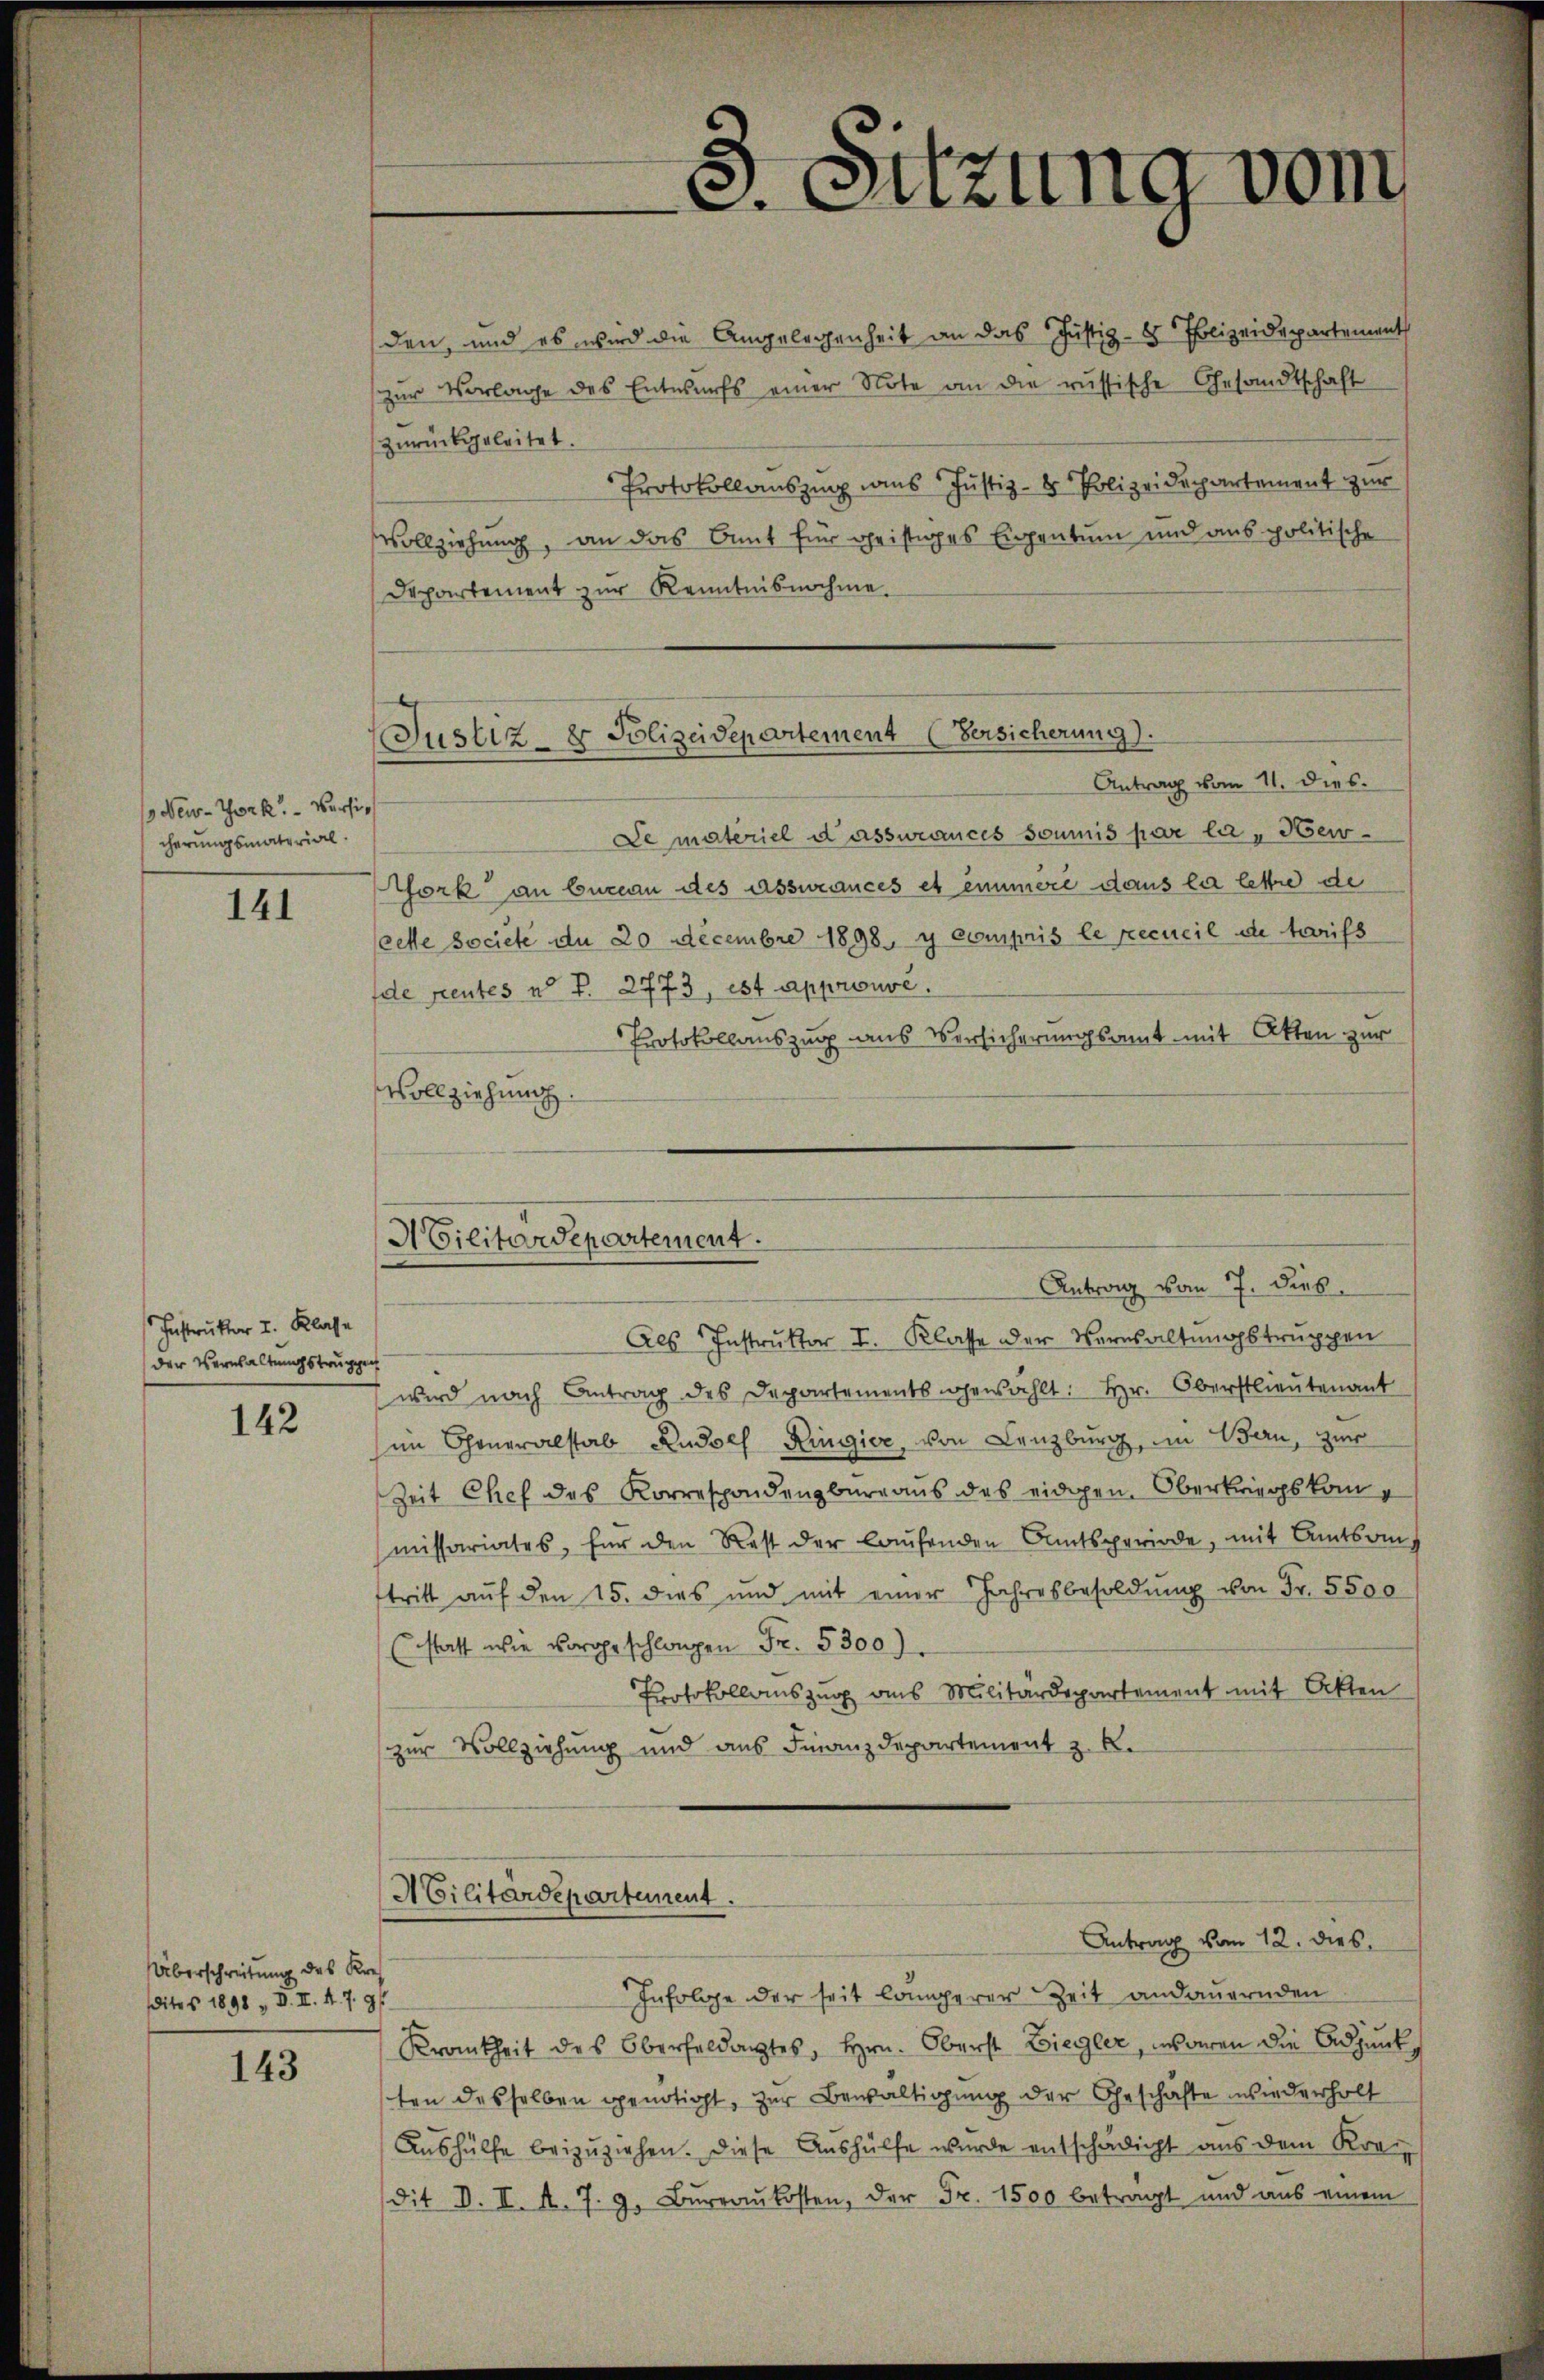
/ New-York - Versic
cherungsmaterial

141

Instruktor I. Klasse
der Verwaltungstruppen

142

Überschreitung des Kres
dites 1898 „ D. II. 4. 7. 91

143

Justiz- & Polizeidepartement (Versicherung).
 Antrag vom 11. dies

den, und es wird die Angelegenheit an das Justiz- & Polizeidepartement
zŭr Vorlage des Entwurfs einer Note an die russische Gesandtschaft
zurückgeleitet.
Protokollauszung des Justiz- & Polizeidepartement zur
Vollziehung, an das Amt für geistiges Eigentum und aus politische
Departement zur Kenntnisnehme.
Le materiel d assurances soumis par la - Herork an Eureau des assurances et eimere dans la letzte de
eette societe du 20 Decembre 1898. y compris le recueil de treifs
de rentes u. S. 2773, est approuvé.
Protokollauszug aus Versicherungsamt mit Akten zur
Vollziehung.

Militärdepartement.

Militärdepartement.

Als Instruktor I. Klasse der Vorsaltungstruppen
wird nach Antrag des Departements gewählt: Hr. Oberstlieutenant
sin Cheneralstab Rudolf Ringier, von Lenzburg, im Bern, zur
Zeit Chef des Korrespondenzburg aus des eidgen. Oberkriegskommissariates, für den Rest der laŭfenden Amtsperiode, mit Amtsanf
tritt auf den 15. dies und mit einer Jahresbesoldŭng von Fr. 5500
(statt wie vorgeschlagen Fr. 5300
Protokollauszug aus Militärdepartement mit Akten
zur Vollziehung und aus Finanzdepartement z. B.

s
3. Sitzung vom

Antrag vom 7. dies

Antrag vom 12. dies

Infolge der seit längerer Zeit andauernden
Krankheit des Oberfeldantes, Hrn. Oberst Ziegler, waren die Adjunkten desselben genötigt, zur Bewaltigung der Geschäfte wiederholt
Aushülfe beizuziehen. Diese Aushülfe wurde entschädigt aus dem Krei
dit d. II. A. 7. 9. Bŭrraŭkosten, der Fr. 1500 betragt und aus einem